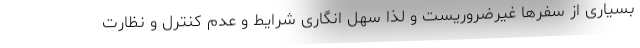
بسیاری از سفرها غیرضروریست و لذا سهل انگاری شرایط و عدم کنترل و نظارت